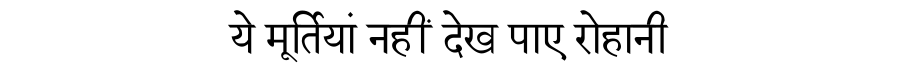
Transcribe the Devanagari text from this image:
ये मूर्तियां नहीं देख पाए रोहानी